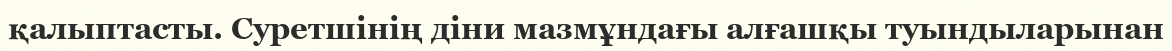
қалыптасты. Суретшінің діни мазмұндағы алғашқы туындыларынан